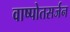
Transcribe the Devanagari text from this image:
वाष्पोतसर्जन